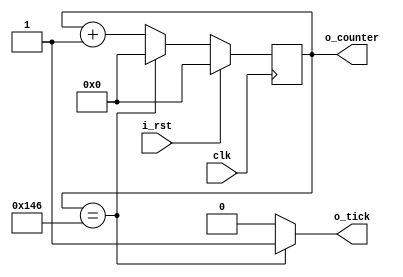
//! @title COUNTER
//! @file counter.v
//! @author Felipe Montero Bruni
//! @date 10-2023
//! @version 0.1

module counter
#(
    parameter NB_COUNTER = 9                    //! NB of COUNTER REG
) (
    output wire [NB_COUNTER - 1 : 0] o_counter, //! Counter status output
    output reg                       o_tick,    //! Output tick
    input                            i_rst  ,   //! Reset
    input                            clk        //! Clock
);

    //! Internal Signals
    reg [NB_COUNTER - 1 : 0] counter_reg;  //! Counter Reg

    //! Counter Model
    always @(posedge clk) begin
        if (i_rst) begin
            counter_reg <= {NB_COUNTER{1'b0}};
        end
        else begin
            if (counter_reg == 9'h146)
                counter_reg <= {NB_COUNTER{1'b0}};
            else
                counter_reg <= counter_reg + 1'b1;
        end
    end

    //! Tick output logic
    always @(*) begin
        o_tick = 1'b0;
        if (counter_reg == 9'h146)
            o_tick = 1'b1;
    end

    assign o_counter = counter_reg;
    
endmodule